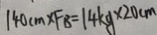
1 4 0 c m \times F B = 1 4 k g \times 2 0 c m